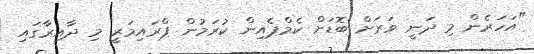
"އަހަރެން މި ދަނީ ވަރަށް ބޮޑަށް ކެމްޕެއިން ކުރަމުން ޕްރައިމަރީ މި ދާއިރާގައި